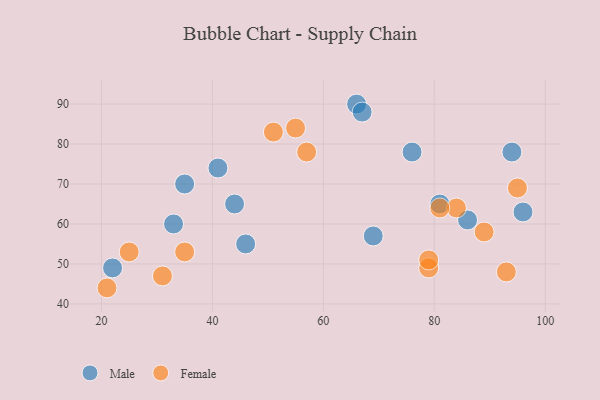
{"axis": {"x": "GDP", "y": "Life Expectancy"}, "legend": ["Female", "Male"], "data": [{"x": "66", "y": 90, "type": "Male"}, {"x": "44", "y": 65, "type": "Male"}, {"x": "46", "y": 55, "type": "Male"}, {"x": "67", "y": 88, "type": "Male"}, {"x": "76", "y": 78, "type": "Male"}, {"x": "81", "y": 65, "type": "Male"}, {"x": "86", "y": 61, "type": "Male"}, {"x": "35", "y": 70, "type": "Male"}, {"x": "94", "y": 78, "type": "Male"}, {"x": "69", "y": 57, "type": "Male"}, {"x": "33", "y": 60, "type": "Male"}, {"x": "96", "y": 63, "type": "Male"}, {"x": "22", "y": 49, "type": "Male"}, {"x": "41", "y": 74, "type": "Male"}, {"x": "21", "y": 44, "type": "Female"}, {"x": "57", "y": 78, "type": "Female"}, {"x": "55", "y": 84, "type": "Female"}, {"x": "93", "y": 48, "type": "Female"}, {"x": "84", "y": 64, "type": "Female"}, {"x": "95", "y": 69, "type": "Female"}, {"x": "79", "y": 49, "type": "Female"}, {"x": "79", "y": 51, "type": "Female"}, {"x": "31", "y": 47, "type": "Female"}, {"x": "25", "y": 53, "type": "Female"}, {"x": "35", "y": 53, "type": "Female"}, {"x": "51", "y": 83, "type": "Female"}, {"x": "81", "y": 64, "type": "Female"}, {"x": "89", "y": 58, "type": "Female"}]}